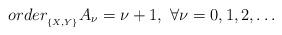
LaTeX: \begin{align*} order_{_{\left\{X,Y\right\}} } A_{\nu } =\nu +1,\, \, \forall \nu =0,1,2,\ldots \end{align*}